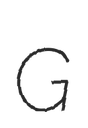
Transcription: G